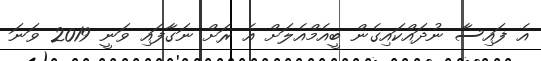
އެ ފައިސާ ނުދައްކައިގެން ބީއެމްއެލަށް އެ ރަށް ނަގާފައި ވަނީ 2019 ވަނަ